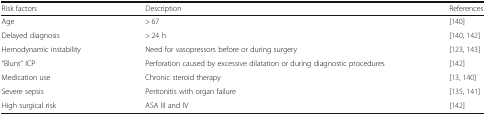
<table><thead><tr><td><b>Risk factors</b></td><td><b>Description</b></td><td><b>References</b></td></tr></thead><tbody><tr><td>Age</td><td>&gt; 67</td><td>[140]</td></tr><tr><td>Delayed diagnosis</td><td>&gt; 24 h</td><td>[140, 142]</td></tr><tr><td>Hemodynamic instability</td><td>Need for vasopressors before or during surgery</td><td>[123, 143]</td></tr><tr><td>“Blunt” ICP</td><td>Perforation caused by excessive dilatation or during diagnostic procedures</td><td>[142]</td></tr><tr><td>Medication use</td><td>Chronic steroid therapy</td><td>[13, 140]</td></tr><tr><td>Severe sepsis</td><td>Peritonitis with organ failure</td><td>[135, 141]</td></tr><tr><td>High surgical risk</td><td>ASA III and IV</td><td>[142]</td></tr></tbody></table>